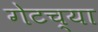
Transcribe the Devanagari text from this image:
गेटच्या